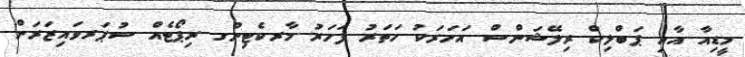
މީޑިއާ އާއި ޕަބްލިކް ރިލޭޝަންސް އަހަރަކު ހަތަރު ފަހަރު މާރކެޓިންގ ރިޕޯޓެއް ސުޕަރވައިޒަރަށް